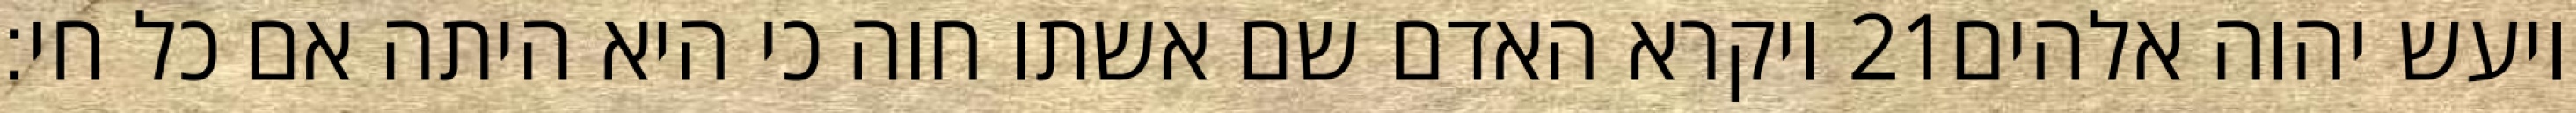
ויקרא האדם שם אשתו חוה כי היא היתה אם כל חי׃ ‎21‏ ויעש יהוה אלהים